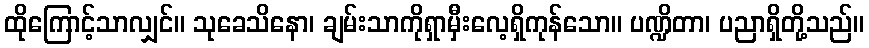
ထိုကြောင့်သာလျှင်။ သုခေသိနော၊ ချမ်းသာကိုရှာမှီးလေ့ရှိကုန်သော။ ပဏ္ဍိတာ၊ ပညာရှိတို့သည်။